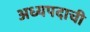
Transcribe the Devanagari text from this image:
अध्यपदाची